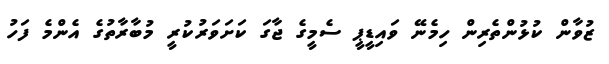
ޒުވާން ކުޅުންތެރިން ހިމެނޭ ވައިޑީޕީ ސެމީގެ ޖާގަ ކަށަވަރުކުރީ މުބާރާތުގެ އެންމެ ފަހު